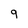
Character: 9